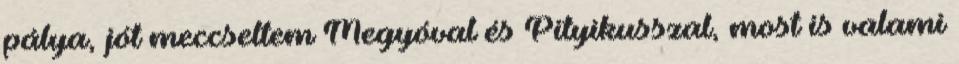
pálya, jót meccseltem Megyóval és Pityikusszal, most is valami